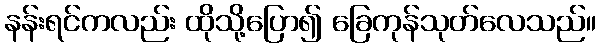
နန်းရင်ကလည်း ထိုသို့ပြော၍ ခြေကုန်သုတ်လေသည်။